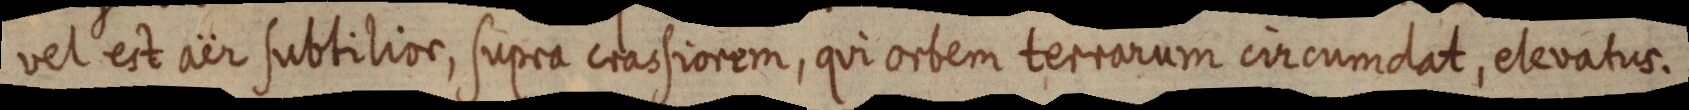
vel est aër subtilior, supra crassiorem, qui orbem terrarum circumdat, elevatus.